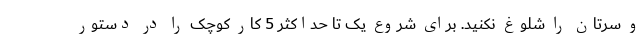
و سرتان را شلوغ نکنید. برای شروع یک تا حداکثر 5 کار کوچک را در دستور